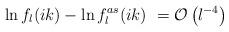
LaTeX: \begin{align*}\ln f_l(ik) - \ln f^{as}_l(ik)\ = {\cal O} \left( l^{-4}\right)\end{align*}